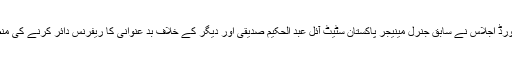
ایگزیکٹو بورڈ اجلاس نے سابق جنرل مینیجر پاکستان سٹیٹ آئل عبد الحکیم صدیقی اور دیگر کے خلاف بد عنوانی کا ریفرنس دائر کرنے کی منظوری دی۔